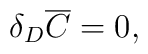
\delta _D \overline C  = 0,